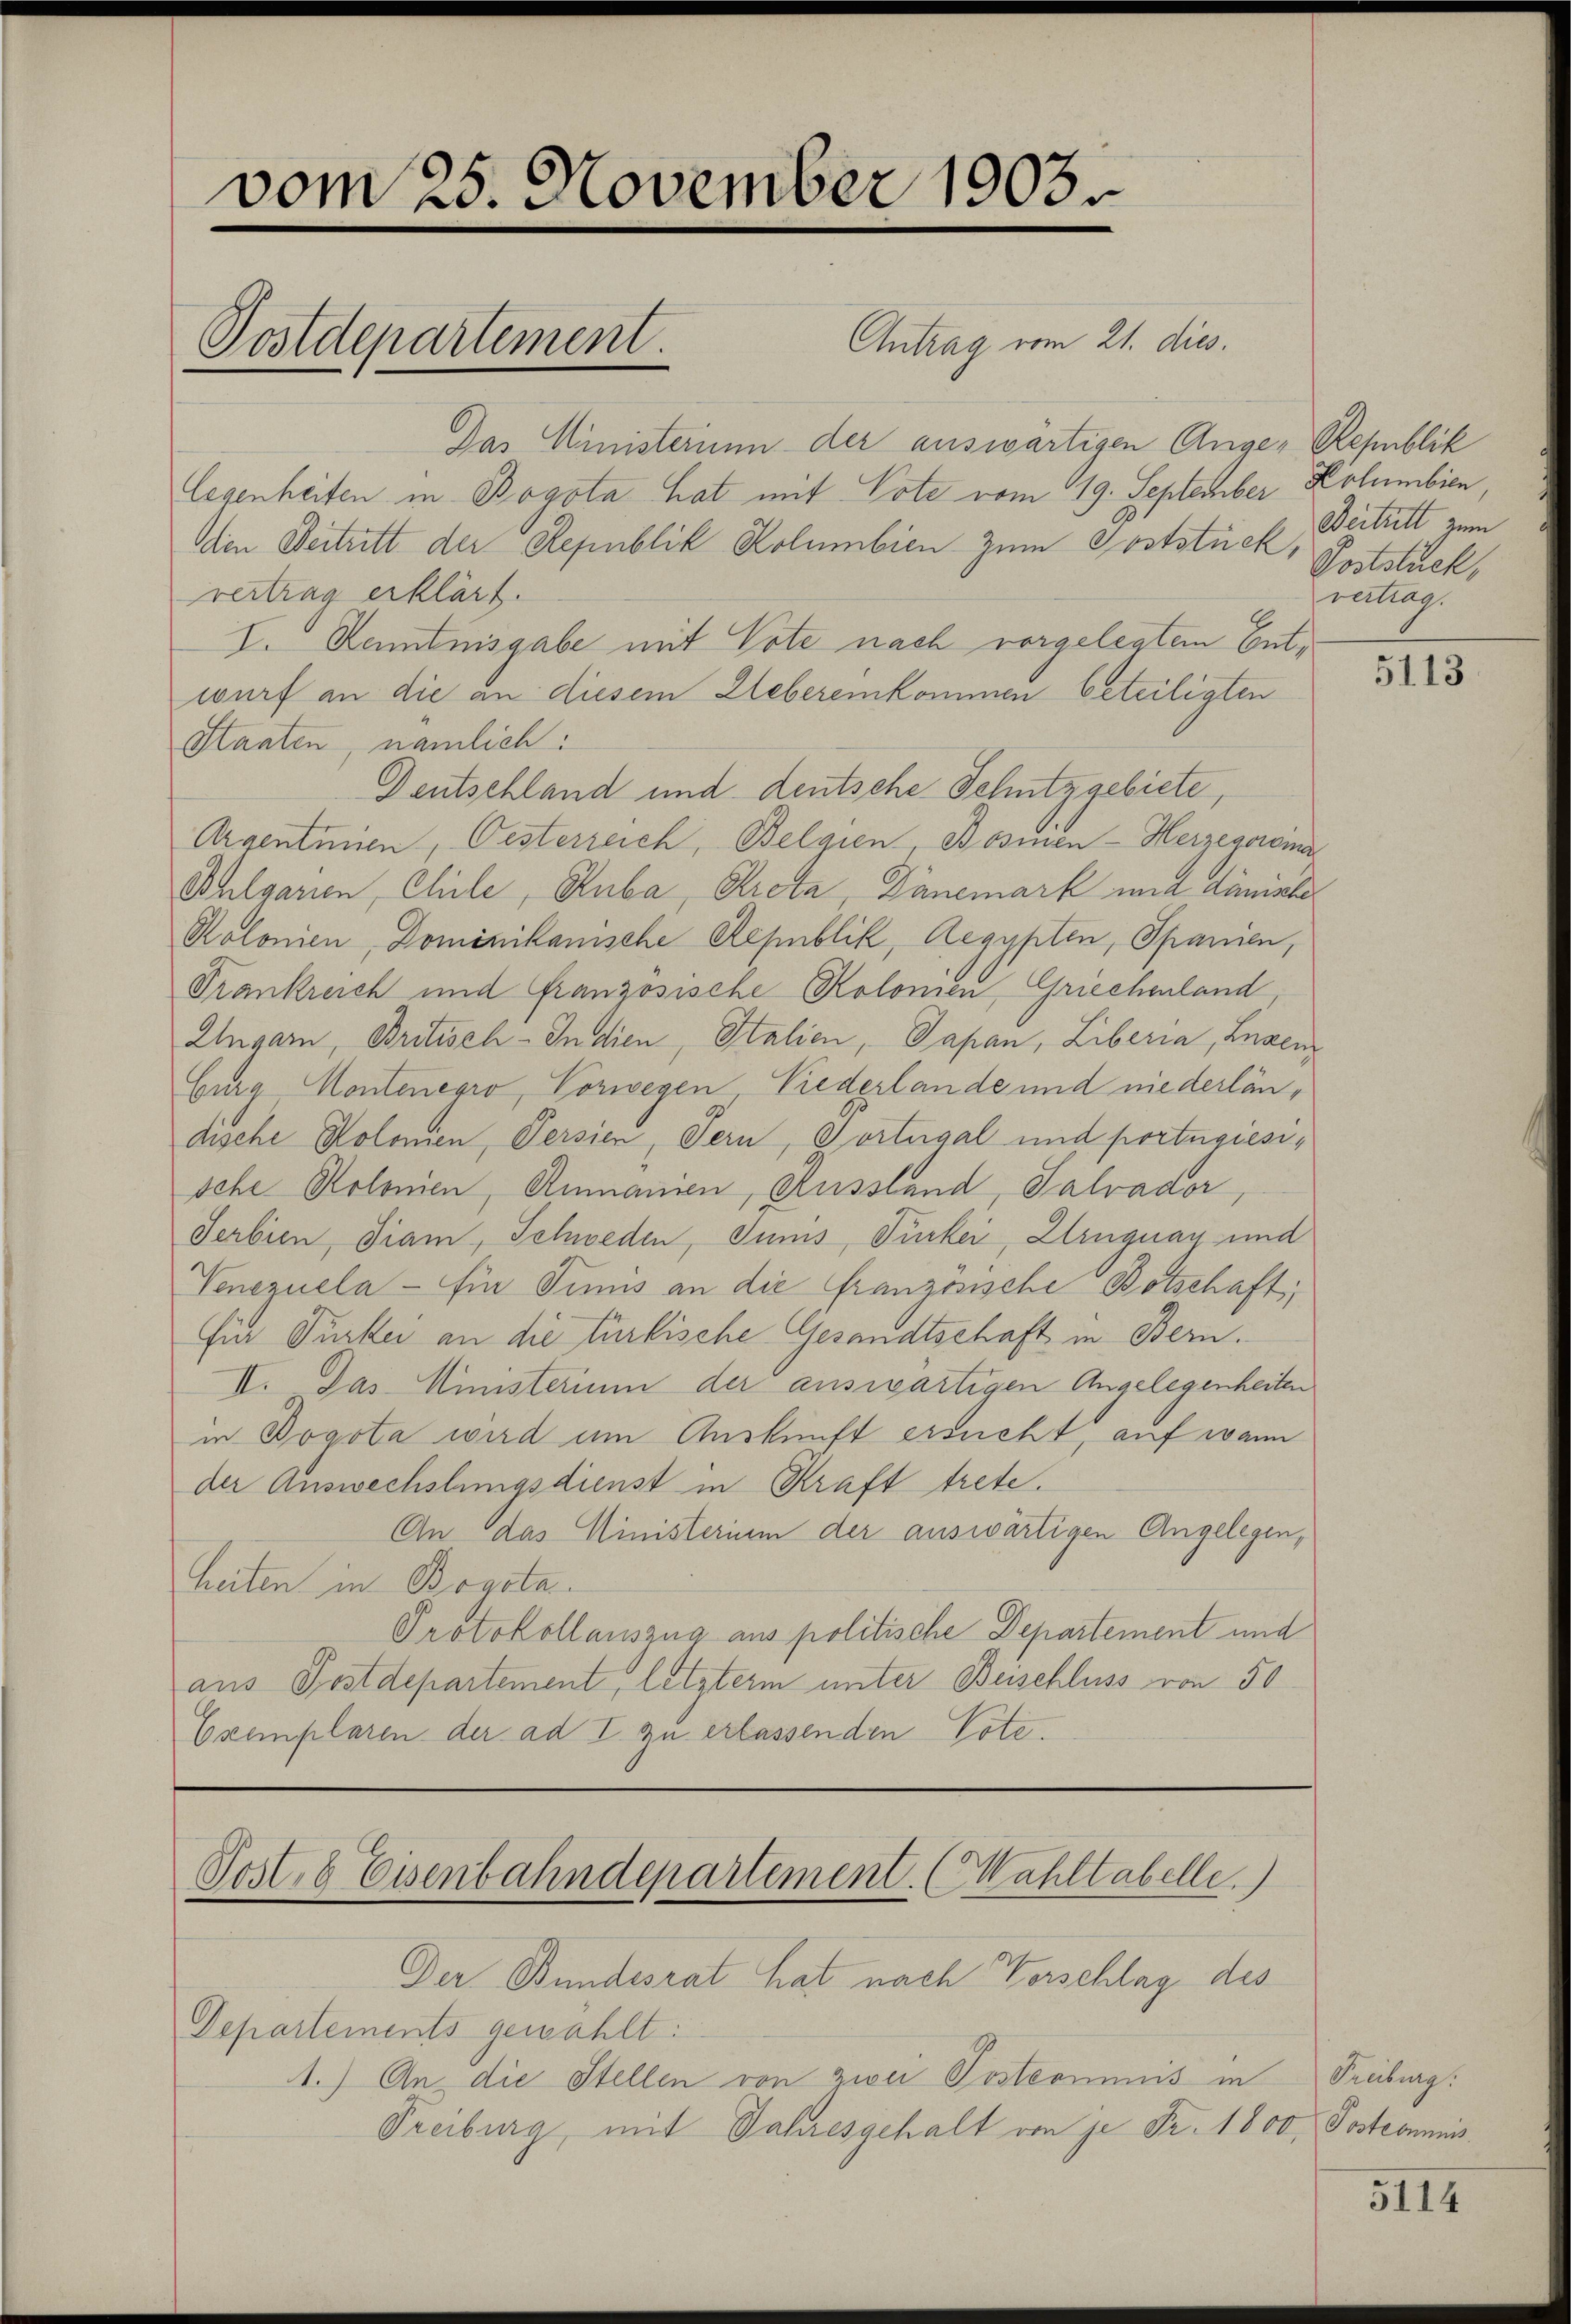
vom 25. November 1903.
Antrag vom 21. dies.
Postdepartement

Das Ministerium der auswärtigen Ange- Republik
legenheiten in Bogota hat mit Vote vom 19. September Kolumbien,
Den Beitritt der Republik Kolumbien zum Poststück,
vertrag erklärt.
V. Kenntnisgabe mit Vote nach vorgelegten Entwurf an die an diesem Uebereinkommen beteiligten
Staaten, nämlich:
Deutschland und deutsche Schutzgebiete,
Argentinien, Oesterreich, Belgien, Bosinen - Herzegoroma
Bhlgarien Cliile, Ruba, Kreta Dänemark mit diniste
Kolonien, Dominikanische Republik, Aegypten, Spanien,
Trankreich und französische Kolomen Griechenland,
Ungarn, Britisch-Indien, Stalien, Japan, Liberia, Luzen
Curg Montenegro, Vorwegen, Niederlande und niederländische Kolonien, Persien, Tern, Fortugal und portugiesische Kolonien, Rumanien, Russland, Salvador
Serbien, Diam, Schweden, Sums, Türkei, Uruguay und
Venezuela - Ein Simis an die Franzosische Botschaft,
Für Turtei an die türkische Gesandtschaft in Bern.
II. Das Ministerium der auswärtigen Angelegenheiten
in Bogota wird um Auskunft ersucht, auf wann
der Auswechslungsdienst in Kraft trete.
An das Ministerium der auswärtigen Angelegen,
heiten in Bogota.
Protokollauszug aus politische Departement und
aus Postdepartement, letzterm unter Beischluss von 50
Exemplaren der ad I zu erlassenden Vote.

Post 8 Eisenbahndepartement. (Sahltabelle.)

Der Bundesrat hat nach Verschlag des
Departements gewählt:
1.) An die Stellen von zwei Postcommis in Freiburg.
Freiburg, mit Jahresgehalt von je Fr. 1800. Postcommiss

Deitalt zum
Poststuck,
vertrag.

5113

5114